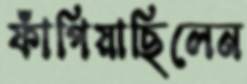
ফাঁপিয়াছিলেন